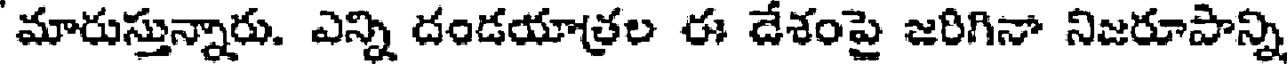
మారుస్తున్నారు. ఎన్ని దండయాత్రల ఈ దేశంపై జరిగినా నిజరూపాన్ని